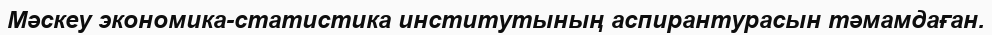
Мәскеу экономика-статистика институтының аспирантурасын тәмамдаған.